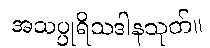
အသပ္ပုရိသဒါနသုတ်။